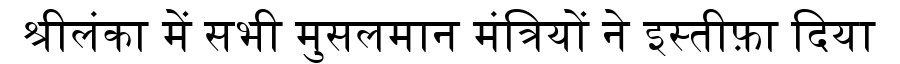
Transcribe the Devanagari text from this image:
श्रीलंका में सभी मुसलमान मंत्रियों ने इस्तीफ़ा दिया